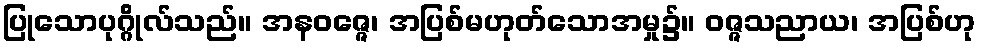
ပြုသောပုဂ္ဂိုလ်သည်။ အနဝဇ္ဇေ၊ အပြစ်မဟုတ်သောအမှု၌။ ဝဇ္ဇသညာယ၊ အပြစ်ဟု